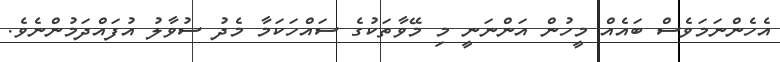
އެހެންނަމަވެސް ބައެއް މީހުން އަންނަނީ މި މޭވާތަކުގެ ސައްހަކަމާ މެދު ސުވާލު އުފައްދަމުންނެވެ.